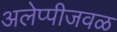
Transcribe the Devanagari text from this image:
अलेप्पीजवळ